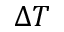
\Delta T